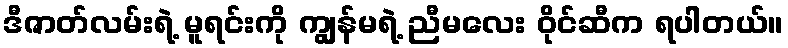
ဒီဇာတ်လမ်းရဲ့ မူရင်းကို ကျွန်မရဲ့ ညီမလေး ဝိုင်ဆီက ရပါတယ်။